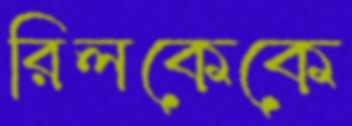
রিলকেকে